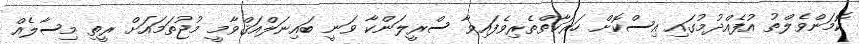
ކޮމަންވެލްތު އުފެއްދުމުގައި އިސްކޮށް ހަރަކާތްތެރިވެފައިވާ ސްރީލަންކާ ވަނީ ބައިނަލްއަޤްވާމީ މުޖުތަމައަށް ރީތި މިސާލެއް